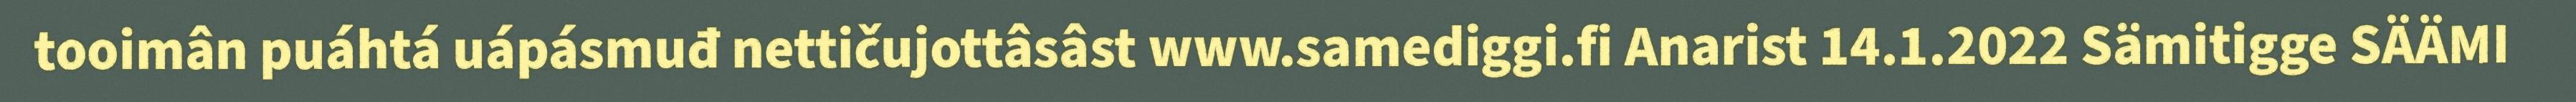
tooimân puáhtá uápásmuđ nettičujottâsâst www.samediggi.fi Anarist 14.1.2022 Sämitigge SÄÄMI